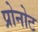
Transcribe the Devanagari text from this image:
प्रोनोट